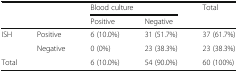
<table><thead><tr><td rowspan="2" colspan="2"></td><td colspan="2"><b>Blood culture</b></td><td><b>Total</b></td></tr><tr><td><b>Positive</b></td><td><b>Negative</b></td><td></td></tr></thead><tbody><tr><td rowspan="2">ISH</td><td>Positive</td><td>6 (10.0%)</td><td>31 (51.7%)</td><td>37 (61.7%)</td></tr><tr><td>Negative</td><td>0 (0%)</td><td>23 (38.3%)</td><td>23 (38.3%)</td></tr><tr><td colspan="2">Total</td><td>6 (10.0%)</td><td>54 (90.0%)</td><td>60 (100%)</td></tr></tbody></table>